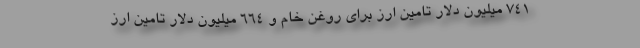
۷۴۱ میلیون دلار تامین ارز برای روغن خام و ۶۶۴ میلیون دلار تامین ارز